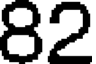
82